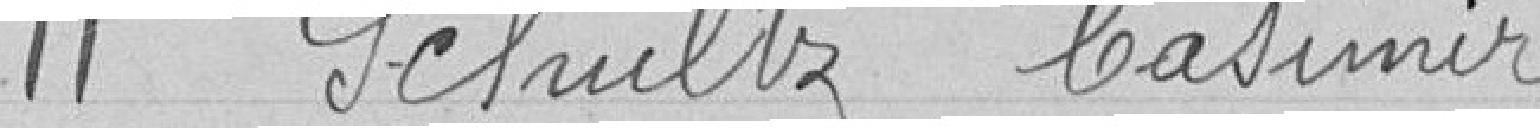
11 Schultz Casimir